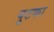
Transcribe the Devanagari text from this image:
पुटका